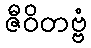
ဇီဝိတဗ္ဗံ